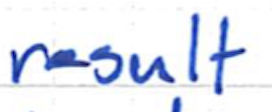
Text: result
Cross-out: clean
Writing tool: ballpoint